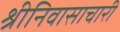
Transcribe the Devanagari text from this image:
श्रीनिवासाचारी